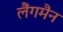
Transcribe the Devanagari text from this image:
लैंगमैन